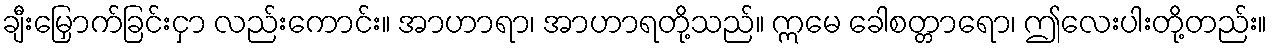
ချီးမြှောက်ခြင်းငှာ လည်းကောင်း။ အာဟာရာ၊ အာဟာရတို့သည်။ ဣမေ ခေါစတ္တာရော၊ ဤလေးပါးတို့တည်း။